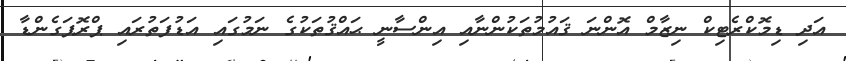
އަދި ޑިމޮކްރެޓިކް ނިޒާމް އޮންނަ ޤައުމުތަކުންނާއި އިންސާނީ ޙައްޤުތަކުގެ ނަމުގައި އަޑުފަތުރައި ޕްރޮޕަގެންޑާ